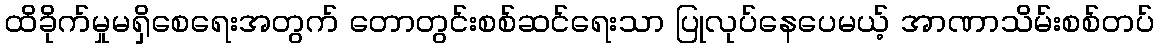
ထိခိုက်မှုမရှိစေရေးအတွက် တောတွင်းစစ်ဆင်ရေးသာ ပြုလုပ်နေပေမယ့် အာဏာသိမ်းစစ်တပ်